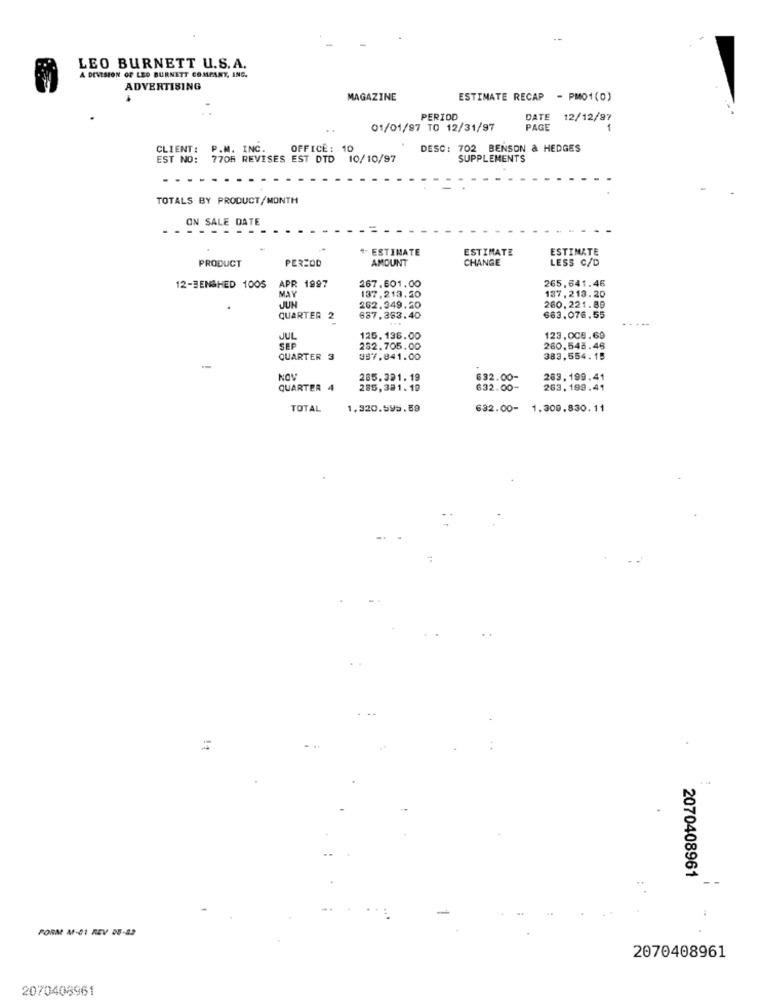
LEO BURNETT U.S. A.
A DEVISION OF LEO BURNETT COMPANY, INC.
ADVERTISING
MAGAZINE
ESTIMATE RECAP - PMO1(0)
PERIOD
DATE 12/12/97
. .
01/01/97 TO 12/31/97
PAGE
CLIENT:
P.M. I
OFFICE : 10
DESC: 702 BENSON & HEDGES
EST NO:
7705 REVISES EST DTD
10/10/97
SUPPLEMENTS
TOTALS BY PRODUCT/MONTH
_ _ ON SALE DATE
4- ESTIMATE
ESTIMATE
ESTIMATE
PRODUCT
PERIOD
AMOUNT
CHANGE
LESS C/D
APR 1997
12-BENSHED 1005
267.601.00
137,213.20
265.641.46
MAY
137.213.20
JUN
262.349.50
260.221.89
QUARTER 2
637.353.40
683.076.55
JUL
125. 136.00
123,008.69
SEP
282.705.00
260.548.46
QUARTER 3
387.841.00
383,554.15
-
NOV
285.321.19
632.00-
263. 199.41
QUARTER 4
285,381. 19
632.00-
263. 199.41
TOTAL
1.320.595.59
632.00-
1.309.830.11
=
2070408961
FORM M-01 REV 05-82
2070408961
2070408961